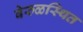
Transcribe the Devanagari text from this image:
वेरुळस्थित